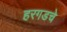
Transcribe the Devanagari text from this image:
हरगडचे